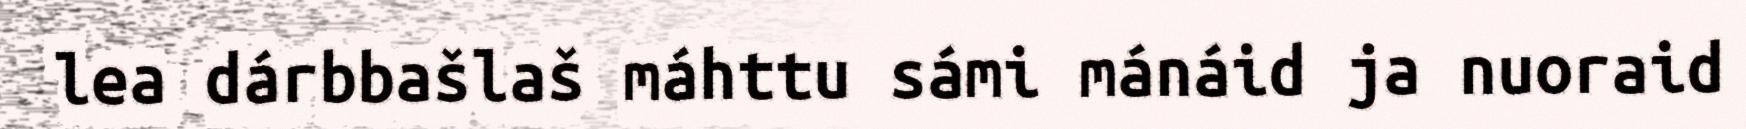
lea dárbbašlaš máhttu sámi mánáid ja nuoraid